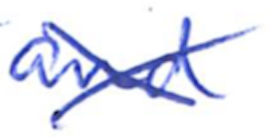
Text: and
Cross-out: cross
Writing tool: ballpoint